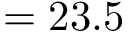
= 2 3 . 5